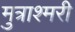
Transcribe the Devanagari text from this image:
मुत्राश्मरी